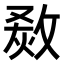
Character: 𤊮